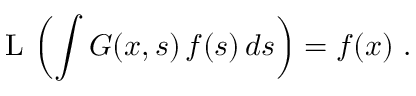
\operatorname { L } \, \left( \int G ( x , s ) \, f ( s ) \, d s \right) = f ( x ) ~ .